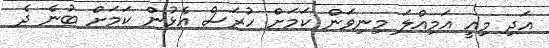
އަަދި މިއީ އަމިއްލަ މިނިވަން ކަމަށް ހުރަސް އެޅުން ކަމަށް ބުނެ ދެ